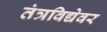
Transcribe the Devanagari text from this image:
तंत्रविद्येवर